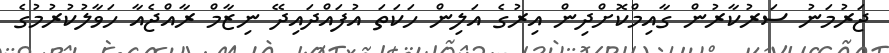
ޖަރުމަނު ސަރުކާރުން ގާއިމްކޮށްދިން އިރުގެ އަލިން ހަކަތަ އުފައްދައިދޭ ނިޒާމް ރާއްޖެއާ ހަވާލުކުރުމުގެ